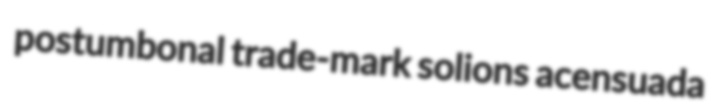
postumbonal trade-mark solions acensuada